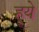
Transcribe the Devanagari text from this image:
हूये